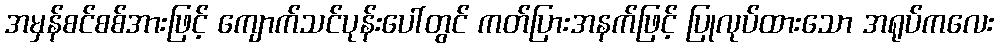
အမှန်စင်စစ်အားဖြင့် ကျောက်သင်ပုန်းပေါ်တွင် ကတ်ပြားအနက်ဖြင့် ပြုလုပ်ထားသော အရုပ်ကလေး